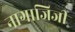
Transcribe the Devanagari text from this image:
नागाजिजी